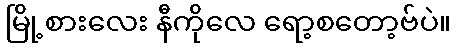
မြို့စားလေး နီကိုလေ ရော့စတော့ဗ်ပဲ။